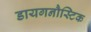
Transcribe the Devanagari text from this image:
डायगनौस्टिक